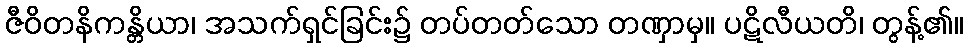
ဇီဝိတနိကန္တိယာ၊ အသက်ရှင်ခြင်း၌ တပ်တတ်သော တဏှာမှ။ ပဋိလီယတိ၊ တွန့်၏။